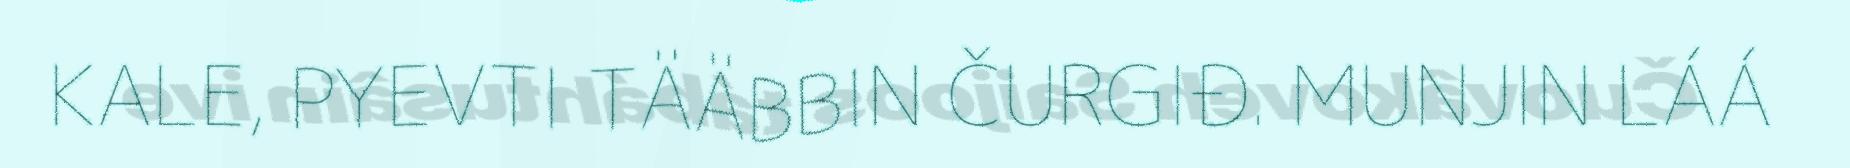
KALE, PYEVTI TÄÄBBIN ČURGIĐ. MUNJIN LÁÁ